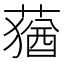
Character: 蕕